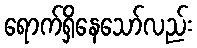
ရောက်ရှိနေသော်လည်း